Annual administration report of the Civil Veterinary Department of India - 1895-1896
Year: 1895
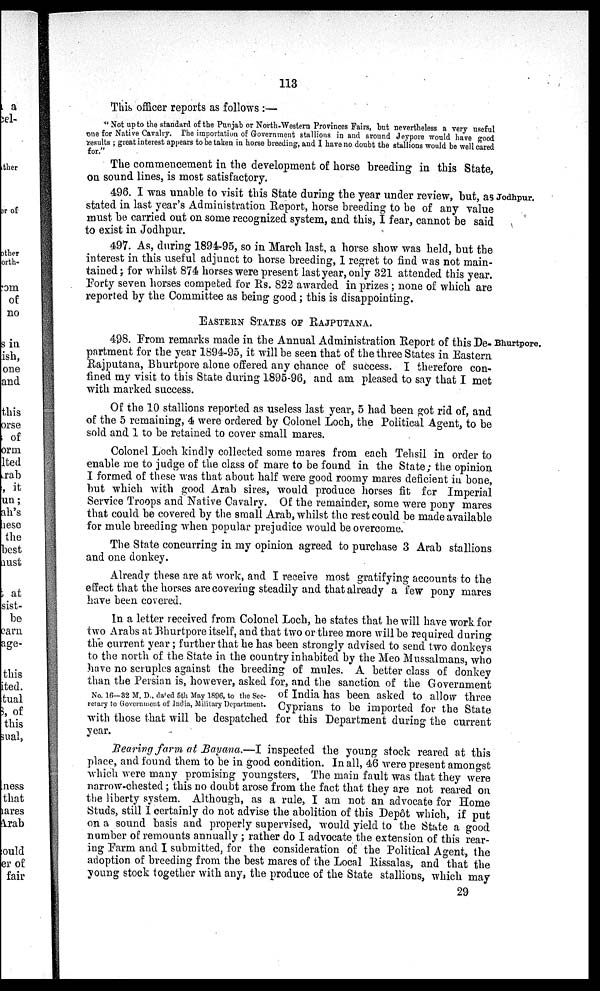
113
This officer reports as follows :—
"Not up to the standard of the Punjab or North-Western Provinces Fairs, but nevertheless a very useful
one for Native Cavalry. The importation of Government stallions in and around Jeypore would have good
results; great interest appears to be taken in horse breeding, and I have no doubt the stallions would be well cared
for.
The commencement in the development of horse breeding in this State
on sound lines, is most satisfactory.
Jodhpur.
496. I was unable to visit this State during the year under review, but, as
stated in last year's Administration Report, horse breeding to be of any value
must be carried out on some recognized system, and this, I fear, cannot be said
to exist in Jodhpur.
497. As, during 1894-95, so in March last, a horse show was held, but the
interest in this useful adjunct to horse breeding, I regret to find was not main-
tained; for whilst 874 horses were present last year, only 321 attended this year.
Forty seven horses competed for Rs. 822 awarded in prizes; none of which are
reported by the Committee as being good; this is disappointing.
EASTERN STATES OF RAJPUTANA.
498. From remarks made in the Annual Administration Report of this De-
partment for the year 1894-95, it will be seen that of the three States in Eastern
Rajputana, Bhurtpore alone offered any chance of success. I therefore con-
fined my visit to this State during 1895-96, and am pleased to say that I met
with marked success.
Of the 10 stallions reported as useless last year, 5 had been got rid of, and
of the 5 remaining, 4 were ordered by Colonel Loch, the Political Agent, to be
sold and 1 to be retained to cover small mares.
Colonel Loch kindly collected some mares from each Tehsil in order to
enable me to judge of the class of mare to be found in the State; the opinion
I formed of these was that about half were good roomy mares deficient in bone,
but which with good Arab sires, would produce horses fit for Imperial
Service Troops and Native Cavalry. Of the remainder, some were pony mares
that could be covered by the small Arab, whilst the rest could be made available
for mule breeding when popular prejudice would be overcome.
The State concurring in my opinion agreed to purchase 3 Arab stallions
and one donkey.
Already these are at work, and I receive most gratifying accounts to the
effect that the horses are covering steadily and that already a few pony mares
have been covered.
No. 16—32 M. D., dated 5th May 1896, to the Sec-
retary to Government of India, Military Department.
In a letter received from Colonel Loch, he states that he will have work for
two Arabs at Bhurtpore itself, and that two or three more will be required during
the current year; further that he has been strongly advised to send two donkeys
to the north of the State in the country inhabited by the Meo Mussalmans, who
have no scruples against the breeding of mules. A better class of donkey
than the Persian is, however, asked for, and the sanction of the Government
of India has been asked to allow three
Cyprians to be imported for the State
with those that will be despatched for this Department during the current
year.
Rearing farm at Bayana.—I inspected the young stock reared at this
place, and found them to he in good condition. In all, 46 were present amongst
which were many promising youngsters, The main fault was that they were
narrow-chested; this no doubt arose from the fact that they are not reared on
the liberty system. Although, as a rule, I am not an advocate for Home
Studs, still I certainly do not advise the abolition of this Depôt which, if put
on a sound basis and properly supervised, would yield to the State a good
number of remounts annually ; rather do I advocate the extension of this rear-
ing Farm and I submitted, for the consideration of the Political Agent, the
adoption of breeding from the best mares of the Local Rissalas, and that the
young stock together with any, the produce of the State stallions, which may
29